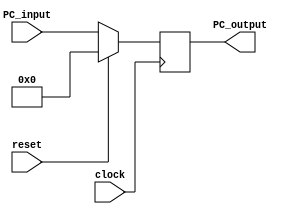
`timescale 1ns / 1ps
//////////////////////////////////////////////////////////////////////////////////
// Company: 
// Engineer: 
// 
// Design Name: 
// Module Name:    Program_Counter 
// Project Name: 
// Target Devices: 
// Tool versions: 
// Description: 
//
// Dependencies: 
//
// Revision: 
// Revision 0.01 - File Created
// Additional Comments:  
//
//////////////////////////////////////////////////////////////////////////////////
module Program_Counter(
	input [31:0] PC_input,
   input clock,
   input reset,
   output reg [31:0] PC_output
    );
	
	always @(negedge clock) begin
		if(reset) PC_output <= 0;
		else PC_output <= PC_input;
	end

endmodule